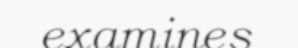
examines